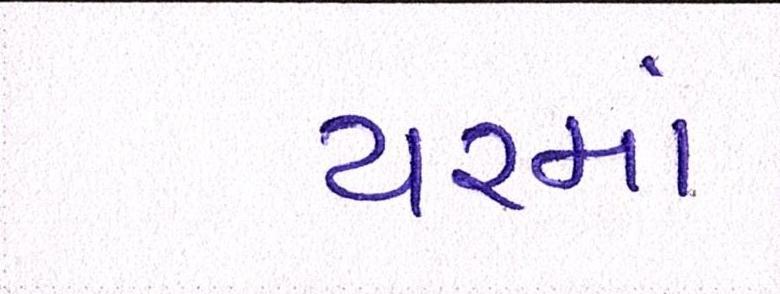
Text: યરમાં